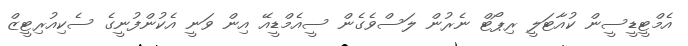
އެމްޓީޑީސީން ކުއާޓަލީ ރިޕޯޓް ނެރުން ލަސްވެގެން ސީއެމްޑީއޭ އިން ވަނީ އެކުންފުނީގެ ސެކިއުރިޓީޒް